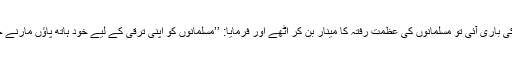
اقبال کی باری آئی تو مسلمانوں کی عظمتِ رفتہ کا مینار بن کر اُٹھے اور فرمایا: ’’مسلمانوں کو اپنی ترقی کے لیے خود ہاتھ پاؤں مارنے چاہیئں۔